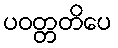
ပဝတ္တတိပေ